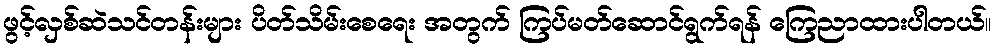
ဖွင့်လှစ်ဆဲသင်တန်းများ ပိတ်သိမ်းစေရေး အတွက် ကြပ်မတ်ဆောင်ရွက်ရန် ကြေညာထားပါတယ်။